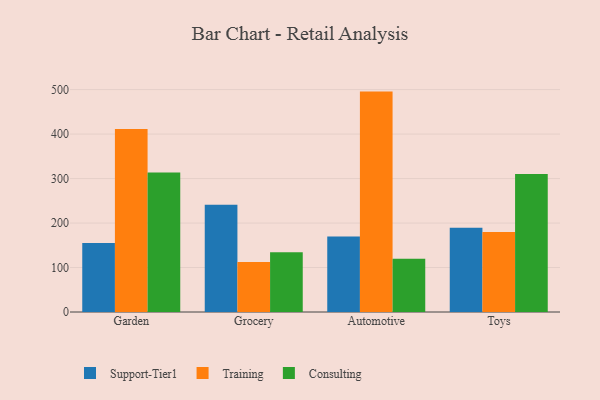
{"axis": {"x": "Category", "y": "Inventory Turnover"}, "legend": ["Consulting", "Support-Tier1", "Training"], "data": [{"x": "Garden", "y": 155.3, "type": "Support-Tier1"}, {"x": "Garden", "y": 411.4, "type": "Training"}, {"x": "Garden", "y": 313.8, "type": "Consulting"}, {"x": "Grocery", "y": 241.2, "type": "Support-Tier1"}, {"x": "Grocery", "y": 112.4, "type": "Training"}, {"x": "Grocery", "y": 134.3, "type": "Consulting"}, {"x": "Automotive", "y": 170.0, "type": "Support-Tier1"}, {"x": "Automotive", "y": 495.5, "type": "Training"}, {"x": "Automotive", "y": 119.5, "type": "Consulting"}, {"x": "Toys", "y": 189.3, "type": "Support-Tier1"}, {"x": "Toys", "y": 179.6, "type": "Training"}, {"x": "Toys", "y": 310.2, "type": "Consulting"}]}